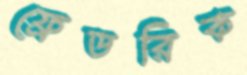
ফ্রেডরিক